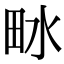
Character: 𤱄